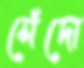
সেঁদো